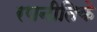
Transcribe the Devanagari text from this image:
रणनीतिके